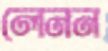
লেনন